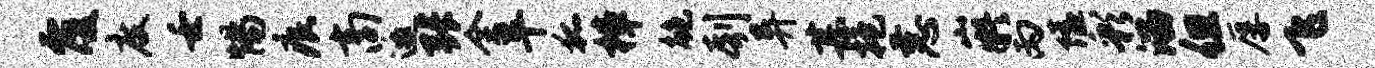
覆度壬惕痕商邀张全平狐樟鲍刳异甚抱恚嶷丙隘彩溜但厚飞